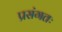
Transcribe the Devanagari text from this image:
प्रसंगतः